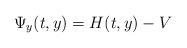
LaTeX: \begin{align*} \Psi_y(t,y)=H(t,y)-V\end{align*}